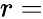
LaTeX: r=